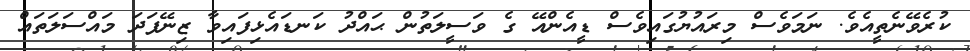
ކުރެވޭނެތީއެވެ. ނަމަވެސް މިރައުޔުގައިވެސް ޑީއެންއޭ ގެ ވަސީލަތުން ޙައްދު ކަނޑައެޅިފައިވާ ޒިނޭފަދަ މައްސަލަތައް